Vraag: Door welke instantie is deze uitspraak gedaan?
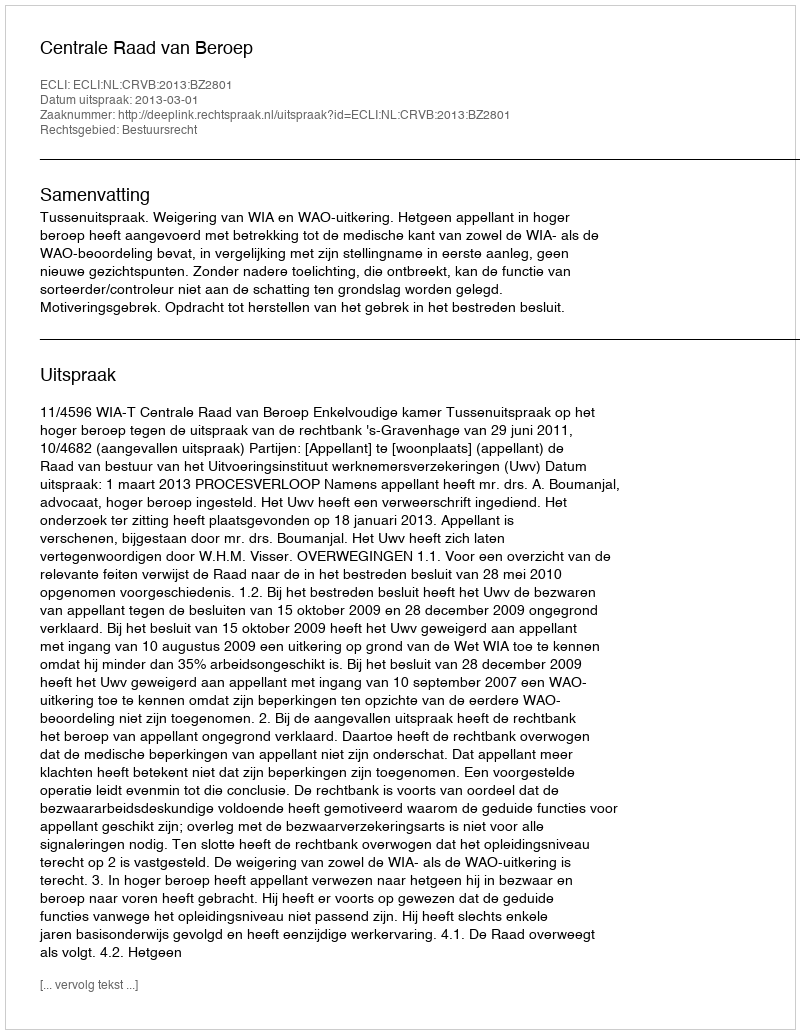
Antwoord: Centrale Raad van Beroep